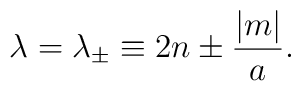
\lambda = \lambda_{\pm} \equiv 2n \pm {|m| \over a}.